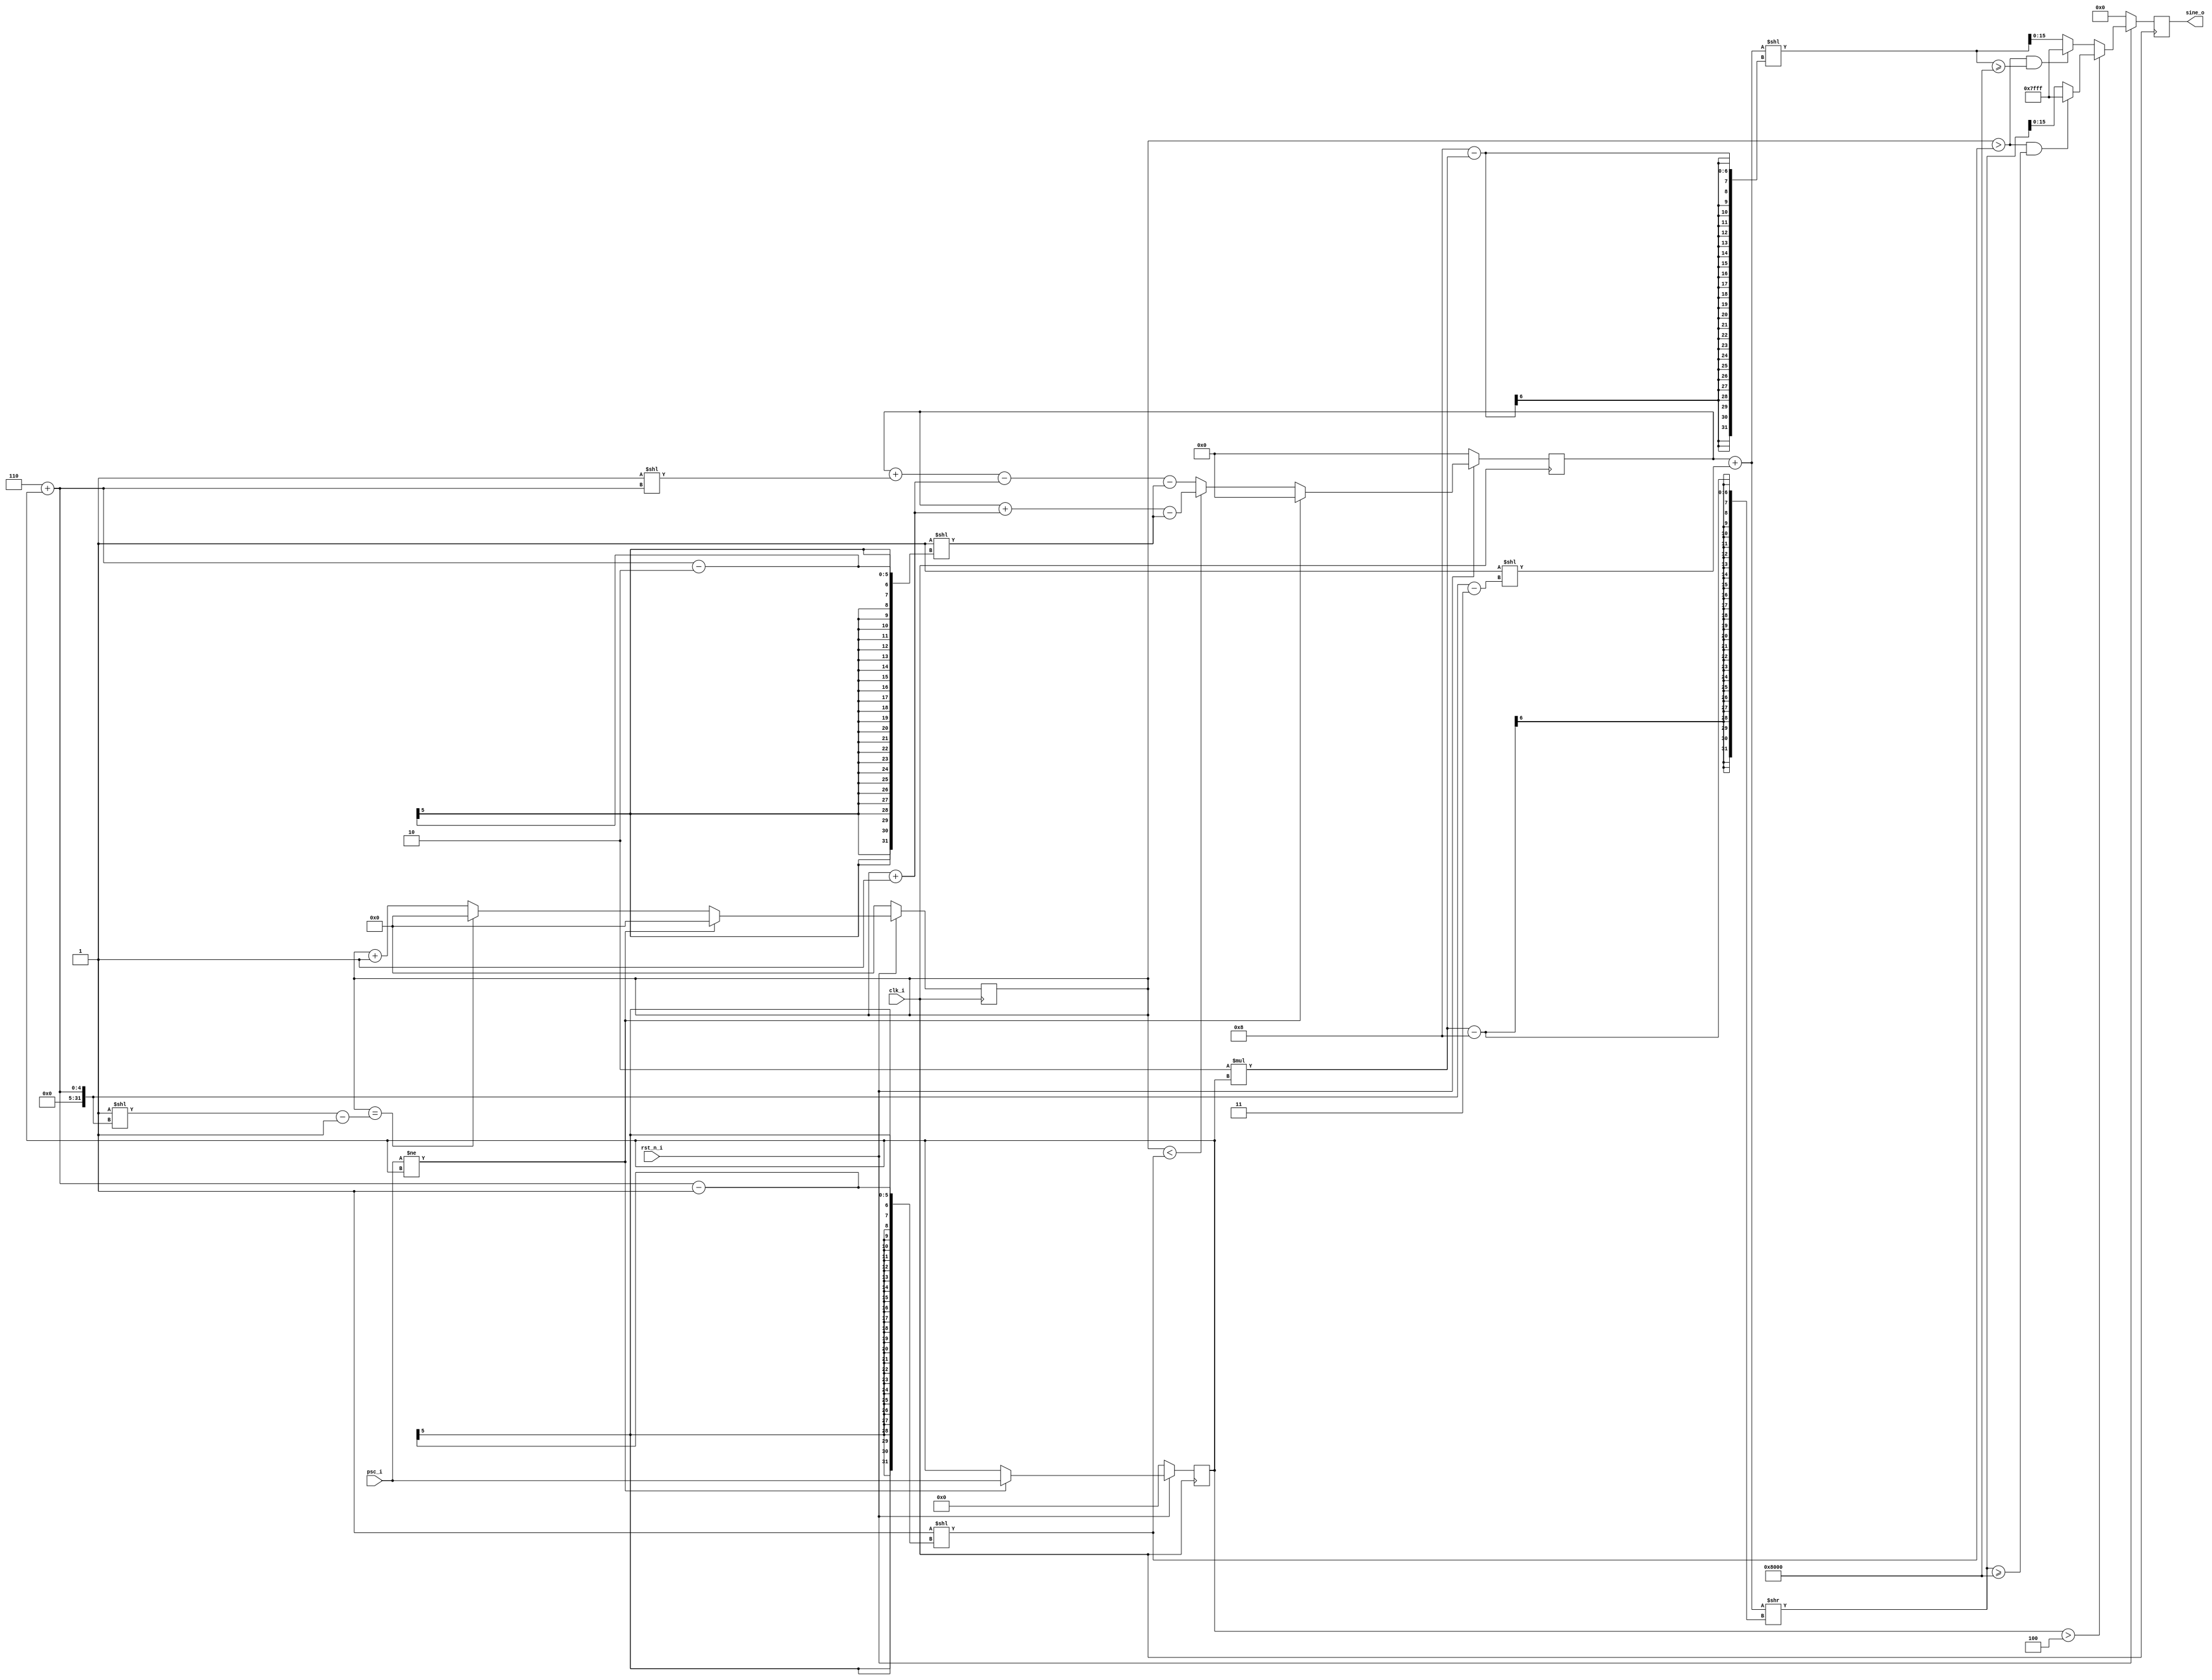
// This program was cloned from: https://github.com/iic-jku/iic-audiodac-v1
// License: Apache License 2.0

// SPDX-FileCopyrightText: 2022 Johannes Kepler University, Institute for 
// Integrated Circuits (H. Pretl, L. Blagojevic, M. Esen, K. Freinberger, 
// M. Golser, M. Hackl, A. Hinterdorfer, O. Kara, D. Kellerer, P. Kotek, 
// J. Mayrhofer, M. Meingast, T. Pankratz, J. Ratschenberger, R. Reddy.Mitta, 
// P. Schmidt, S. Seidl, I. Shala, M. Zbl)
//
// Licensed under the Apache License, Version 2.0 (the "License");
// you may not use this file except in compliance with the License.
// You may obtain a copy of the License at
//
//      http://www.apache.org/licenses/LICENSE-2.0
//
// Unless required by applicable law or agreed to in writing, software
// distributed under the License is distributed on an "AS IS" BASIS,
// WITHOUT WARRANTIES OR CONDITIONS OF ANY KIND, either express or implied.
// See the License for the specific language governing permissions and
// limitations under the License.
// SPDX-License-Identifier: Apache-2.0

`ifndef _SINE_GEN_
`define _SINE_GEN_

module stud_sine_generator(
    input clk_i,
    input rst_n_i,
    input [3:0] psc_i,                  // PSC = 2^(6+psc_i), therefore values of 64 to 2.097.512 are possible
    output reg [15:0] sine_o			// 16 bit signed output
    );

reg [3:0] psc, next_psc;
reg [20:0] ctr, next_ctr;               // max. PSC is 2.097.512, so we need a 21 bit counter
reg [37:0] sine, next_sine;             // sine amplitude is 2^(2*(6+psc_i)-5), so a maximum of 38 bits is required
reg [15:0] next_sine_o;

always @(posedge clk_i)
begin
    // On (synchronous) reset, initialize signals to 0
    if(!rst_n_i)
        begin
        psc <= 0;
        ctr <= 0;
        sine <= 0;
        sine_o <= 0;
        end
    // On pos. clock edge, update signals
    else
        begin
        psc <= next_psc;
        ctr <= next_ctr;
        sine <= next_sine;
        sine_o <= next_sine_o;
        end
end

always @(ctr, psc, psc_i, sine)
begin
    // Default case
    next_psc = psc;
    next_ctr = ctr + 1;
    
    // Decrement sine amplitude in order to not exceed the 16 bit output resolutioon
    if(psc > 4)
        // If adjusted amplitude would be negativ within second half of counter period, an overflow has occurred
        if(ctr > (1<<(6+psc-1)) && (sine+(1<<(6+psc-3)))>>(2*psc-8) >= (1<<15))
            // Limit amplitude to max. positive value
            next_sine_o = (1<<15) - 1;
        // Normal operation
        else
            // Decrement sine amplitude as required
            // This would cause a linter warning since the bitwidth of sine is greather than the bitwidth of next_sine_o, however this is intentional
            /* verilator lint_off WIDTH */
            next_sine_o = (sine+(1<<(6+psc-3)))>>(2*psc-8);
            /* verilator lint_on WIDTH */
    // Increment sine amplitude in order to utilize the 16 bit output resolution as good as possible 
    else
        // If adjusted amplitude would be negativ within second half of counter period, an overflow has occurred
        if(ctr > (1<<(6+psc-1)) && (sine+(1<<(6+psc-3)))<<(8-2*psc) >= (1<<15))
            // Limit amplitude to max. positive value
            next_sine_o = (1<<15) - 1;
        // Normal operation
        else
            // Increment sine amplitude as required
            // This would cause a linter warning since the bitwidth of sine is greather than the bitwidth of next_sine_o, however this is intentional
            /* verilator lint_off WIDTH */
            next_sine_o = (sine+(1<<(6+psc-3)))<<(8-2*psc);
            /* verilator lint_on WIDTH */
    
    // If counter reached PSC value
    if(ctr == (1<<(6+psc)) - 1)
        begin
        // Reset sine generation
        next_ctr = 0;
        next_sine = 0;
        end
    
    // If psc_i has changed
    if(psc_i != psc)
        begin
        // Get new PSC value
        next_psc = psc_i;
        
        // Reset sine generation
        next_ctr = 0;
        next_sine = 0;
        end
    // Normal operation
    else
        begin        
        // If within first half of counter period
        if(ctr < (1<<(6+psc-1)))
            // Increment sine by new counter value and offset to make centered around zero
            // This would cause a linter warning since the bitwidth of ctr is less than the bitwidth of sine, however this is intentional
            /* verilator lint_off WIDTH */
            next_sine = sine + (ctr + 1) - (1<<(6+psc-2));
            /* verilator lint_on WIDTH */
        // Otherwise (second half period)
        else
            // Increment sine by (max counter value - new counter value) and offset to make centered around zero
            // This would cause a linter warning since the bitwidth of ctr is less than the bitwidth of sine, however this is intentional
            /* verilator lint_off WIDTH */
            next_sine = sine + (1<<(6+psc)) - (ctr + 1) - (1<<(6+psc-2));
            /* verilator lint_on WIDTH */
        end
end

endmodule
`endif